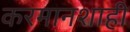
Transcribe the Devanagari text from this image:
करमानशाही